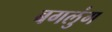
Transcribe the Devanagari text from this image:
बगलुंग